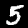
Digit: 5